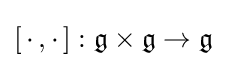
[\,\cdot \,,\cdot \,]:{\mathfrak {g}}\times {\mathfrak {g}}\to {\mathfrak {g}}